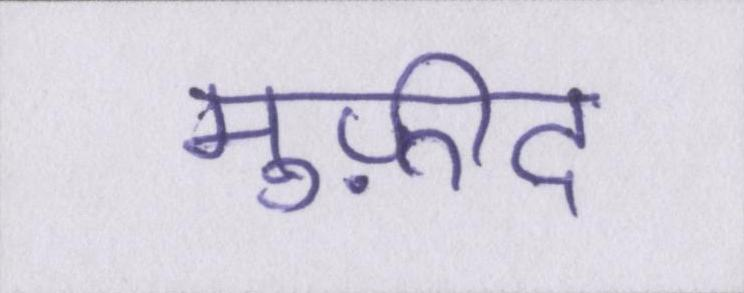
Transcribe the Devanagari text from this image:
मुफ़ीद